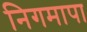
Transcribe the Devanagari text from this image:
निगमापा